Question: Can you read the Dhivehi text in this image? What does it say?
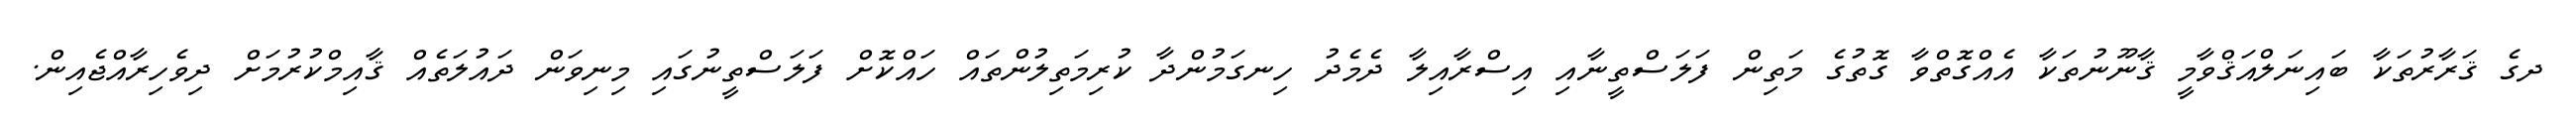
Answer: ދގެ ޤަރާރުތަކާ ބައިނަލްއަޤްވާމީ ޤާނޫނުތަކާ އެއްގޮތްވާ ގޮތުގެ މަތިން ފަލަސްތީނާއި އިސްރާއިލާ ދެމެދު ހިނގަމުންދާ ކުރިމަތިލުންތައް ހައްކޮށް ފަލަސްތީނުގައި މިނިވަން ދައުލަތެއް ޤާއިމްކުރުމަށް ދިވެހިރާއްޖެއިން.